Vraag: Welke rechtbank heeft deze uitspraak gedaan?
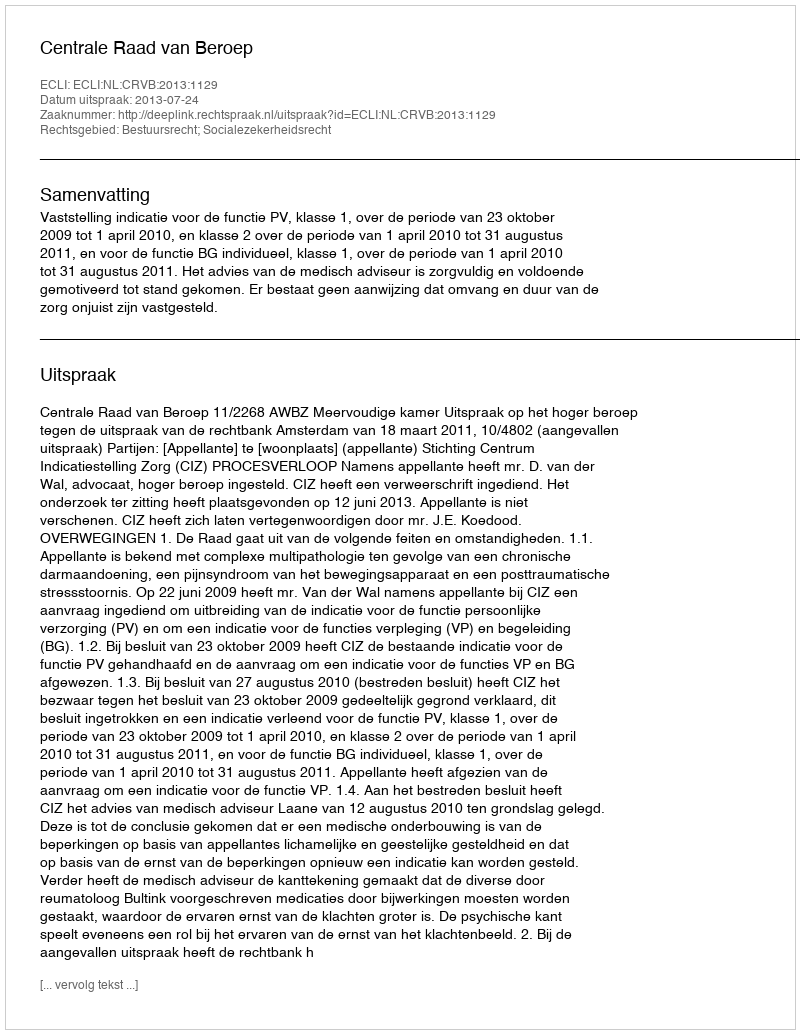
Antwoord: Centrale Raad van Beroep